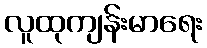
လူထုကျန်းမာရေး